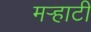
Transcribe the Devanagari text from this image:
मर्‍हाटी